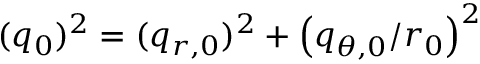
( q _ { 0 } ) ^ { 2 } = ( q _ { r , 0 } ) ^ { 2 } + \left( q _ { \theta , 0 } / r _ { 0 } \right) ^ { 2 }